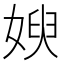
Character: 𱙚